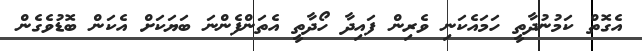
އެގޮތް ކަމުނުދާތީ ހަމައެކަނި ވެރިން ފައިދާ ހޯދާތީ އެތަންފެންނަ ބަޔަކަށް އެކަން ބޮޑުވެގެން